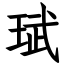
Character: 珷